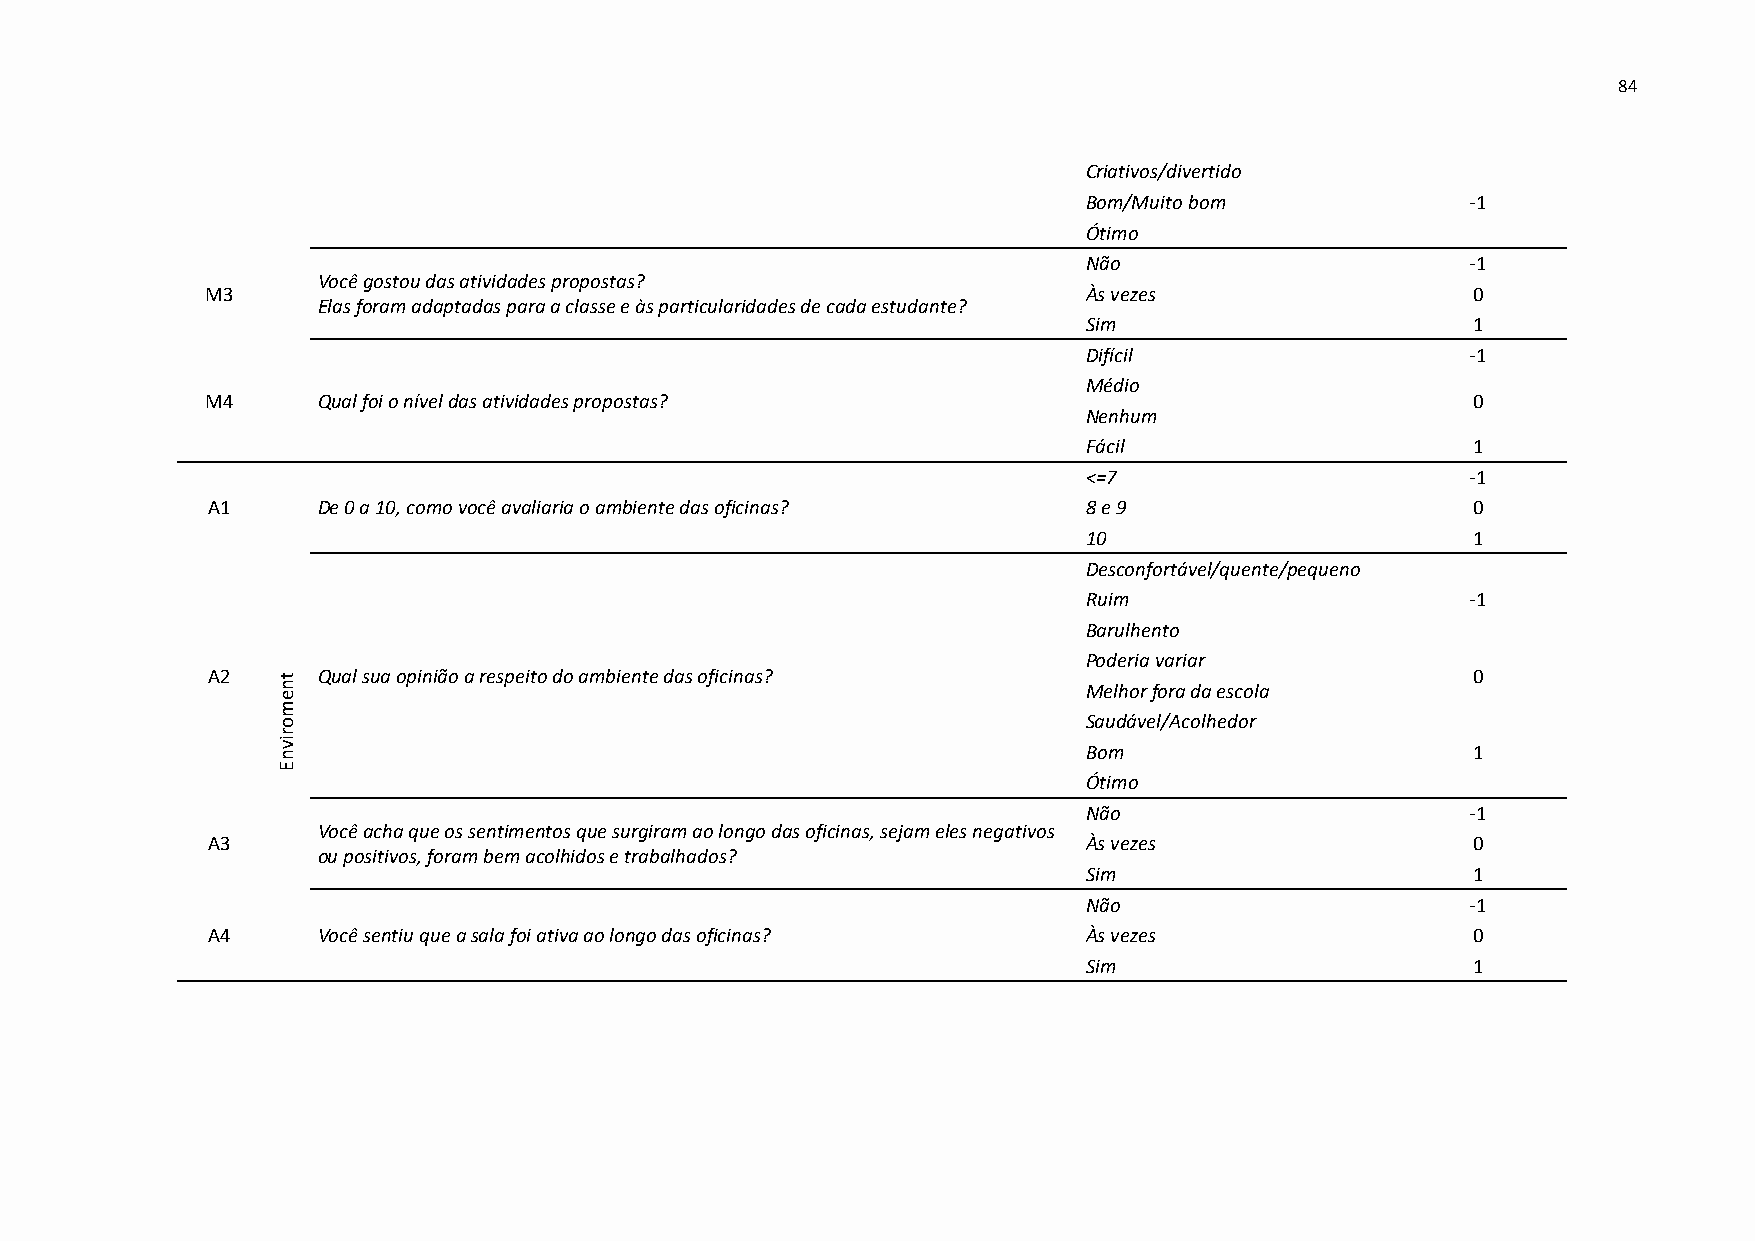
84
 Criativos/divertido
 Bom/Muito bom            -1
 Ótimo
 Não                      -1
 Você gostou das atividades propostas?
 M3                                                        Às vezes                 0
 Elas foram adaptadas para a classe e às particularidades de cada estudante?
 Sim                      1
 Difícil                  -1
 Médio
 M4     Qual foi o nível das atividades propostas?                                  0
 Nenhum
 Fácil                    1
 <=7                      -1
 A1     De 0 a 10, como você avaliaria o ambiente das oficinas? 8 e 9               0
 10                       1
 Desconfortável/quente/pequeno
 Ruim                     -1
 Barulhento
 Poderia variar
 A2  t  Qual sua opinião a respeito do ambiente das oficinas?                       0
 n                                                     Melhor fora da escola
 e
 m
 o                                                     Saudável/Acolhedor
 r
 nvi
 Bom                      1
 E
 Ótimo
 Não                      -1
 Você acha que os sentimentos que surgiram ao longo das oficinas, sejam eles negativos
 A3                                                        Às vezes                 0
 ou positivos, foram bem acolhidos e trabalhados?
 Sim                      1
 Não                      -1
 A4     Você sentiu que a sala foi ativa ao longo das oficinas? Às vezes            0
 Sim                      1